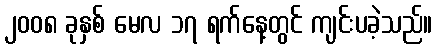
၂၀၀၈ ခုနှစ် မေလ ၁၇ ရက်နေ့တွင် ကျင်းပခဲ့သည်။